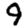
Digit: 9